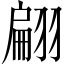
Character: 翩